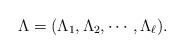
LaTeX: \begin{align*}\Lambda &= (\Lambda_1, \Lambda_2, \cdots, \Lambda_\ell).\end{align*}